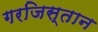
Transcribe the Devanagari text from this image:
गरजिस्तान